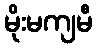
မိုးမကျမီ